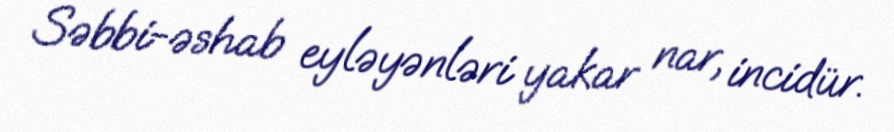
Səbbi-əshab eyləyənləri yakar nar, incidür.